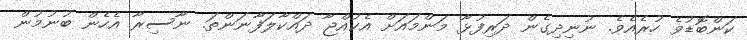
ކަންބޮޑުވެ ހުރެއެވެ. ނުނިދިގެން ދަރިފުޅާ މަންމައަށް އެކުއްޖާ ދައްކާލަފާނަންތަ. ނާސިރާ އެހެން ބުނުމުން